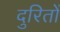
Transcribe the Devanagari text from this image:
दुरितों